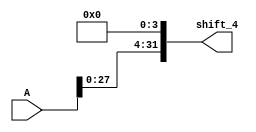
module left_shift_four(shift_4, A);
	
	input [31:0] A;
	
	output [31:0] shift_4;

	assign shift_4[31] = A[27];
	assign shift_4[30] = A[26];
	assign shift_4[29] = A[25];
	assign shift_4[28] = A[24];
	assign shift_4[27] = A[23];
	assign shift_4[26] = A[22];
	assign shift_4[25] = A[21];
	assign shift_4[24] = A[20];
	assign shift_4[23] = A[19];
	assign shift_4[22] = A[18];
	assign shift_4[21] = A[17];
	assign shift_4[20] = A[16];
	assign shift_4[19] = A[15];
	assign shift_4[18] = A[14];
	assign shift_4[17] = A[13];
	assign shift_4[16] = A[12];
	assign shift_4[15] = A[11];
	assign shift_4[14] = A[10];
	assign shift_4[13] = A[9];
	assign shift_4[12] = A[8];
	assign shift_4[11] = A[7];
	assign shift_4[10] = A[6];
	assign shift_4[9] = A[5];
	assign shift_4[8] = A[4];
	assign shift_4[7] = A[3];
	assign shift_4[6] = A[2];
	assign shift_4[5] = A[1];
	assign shift_4[4] = A[0];
	assign shift_4[3:0] = 1'b0;

endmodule